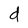
Character: d